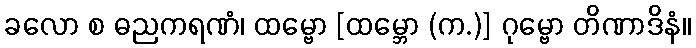
ခလော စ ဓညကရဏံ၊ ထမ္ဗော [ထမ္ဘော (က.)] ဂုမ္ဗော တိဏာဒိနံ။